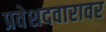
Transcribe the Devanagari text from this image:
प्रवेशदवारावर